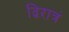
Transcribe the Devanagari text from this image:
द्विरात्रं